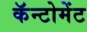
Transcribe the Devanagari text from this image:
कॅन्टोमेंट